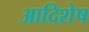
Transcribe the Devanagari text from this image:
आदिशेष